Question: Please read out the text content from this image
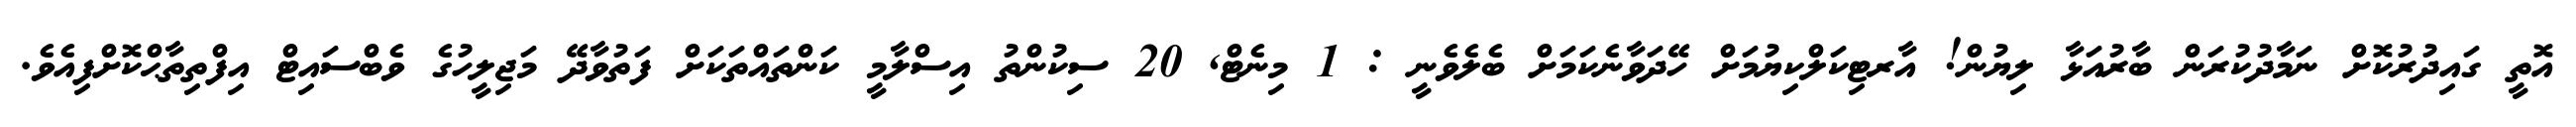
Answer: އޮތީ ގައިދުރުކޮށް ނަމާދުކުރަން ބާރުއަޅާ ލިޔުން! އާރޓިކަލްކިޔުމަށް ހޭދަވާނެކަމަށް ބެލެވެނީ : 1 މިނެޓް, 20 ސިކުންތު އިސްލާމީ ކަންތައްތަކަށް ފަތުވާދޭ މަޖިލީހުގެ ވެބްސައިޓް އިފްތިތާޙްކޮށްފިއެވެ.